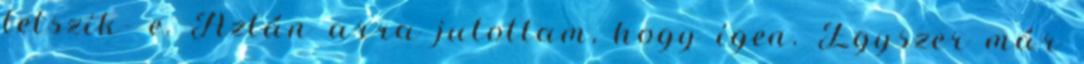
tetszik- e. Aztán arra jutottam, hogy igen. Egyszer már